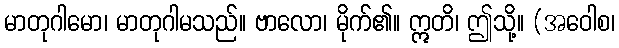
မာတုဂါမော၊ မာတုဂါမသည်။ ဗာလော၊ မိုက်၏။ ဣတိ၊ ဤသို့။ (အဝေါစ၊